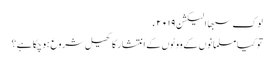
لوک سبھا الیکشن ۲۰۱۹ء
تو کیا مسلمانوں کے ووٹوں کے انتشار کا کھیل شروع ہوچکا ہے؟